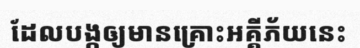
ដែលបង្កឲ្យមានគ្រោះអគ្គីភ័យនេះ